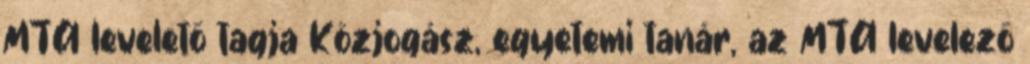
MTA levelető tagja Közjogász, egyetemi tanár, az MTA levelező